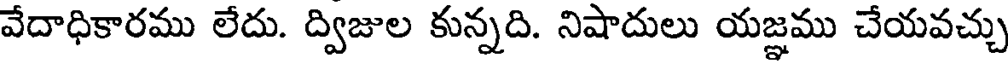
వేదాధికారము లేదు. ద్విజుల కున్నది. నిషాదులు యజ్ఞము చేయవచ్చు